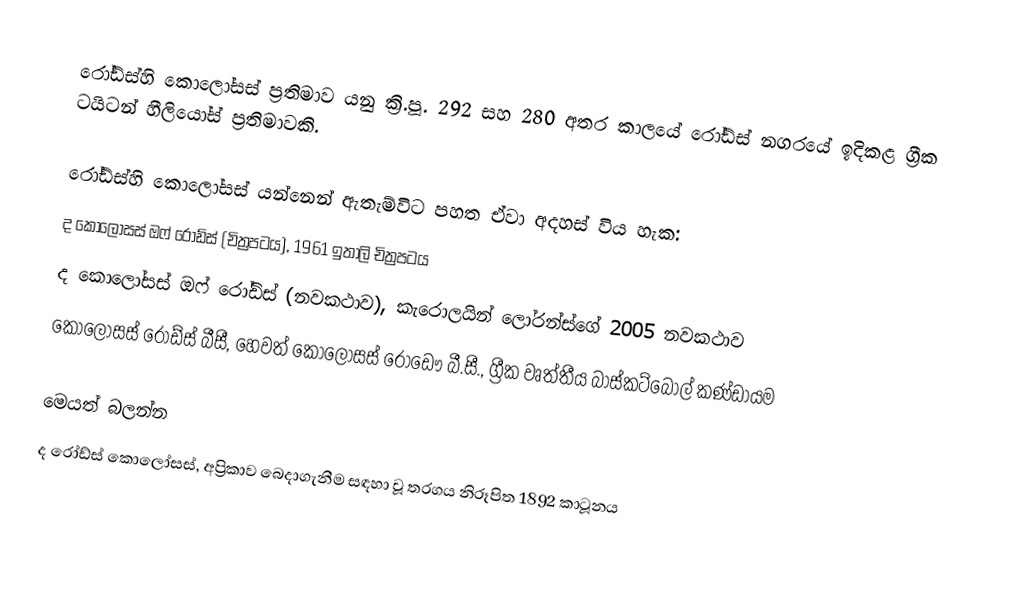
රෝඩ්ස්හි කොලෝසස් ප්‍රතිමාව යනු ක්‍රි.පූ. 292 සහ 280 අතර කාලයේ රෝඩ්ස් නගරයේ ඉදිකළ ග්‍රීක ටයිටන් හීලියෝස් ප්‍රතිමාවකි.

රෝඩ්ස්හි කොලෝසස් යන්නෙන් ඇතැම්විට පහත ඒවා අදහස් විය හැක:
ද කොලෝසස් ඔෆ් ‍රෝඩ්ස් (චිත්‍රපටය), 1961 ඉතාලි චිත්‍රපටය
ද කොලෝසස් ඔෆ් ‍රෝඩ්ස් (නවකථාව), කැරොලයින් ලෝරන්ස්ගේ 2005 නවකථාව
කොලෝසස් රෝඩ්ස් බීසී, හෙවත් කොලෝසස් රෝඩෞ බී.සී., ග්‍රීක වෘත්තීය බාස්කට්බෝල් කණ්ඩායම

මෙයත් බලන්න
ද රෝඩ්ස් කොලෝසස්, අප්‍රිකාව බෙදාගැනීම සඳහා වූ තරගය නිරූපිත 1892 කාටූනය